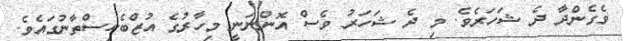
ވެގެންދާ ދެ ޝަހަރެވެ. މި ދެ ޝަހަރު ވެސް އޮންނަނީ މިހާރުގެ އުޒްބެކިސްތާނުގައެވެ.